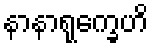
နာနာရုက္ခေဟိ